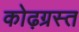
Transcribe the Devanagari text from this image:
कोढ़ग्रस्त